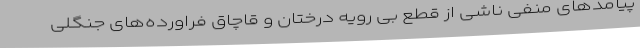
پیامدهای منفی ناشی از قطع بی رویه درختان و قاچاق فراورده‌های جنگلی